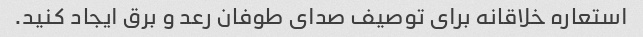
استعاره خلاقانه برای توصیف صدای طوفان رعد و برق ایجاد کنید.